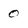
Character: 0